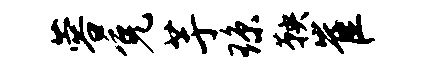
蓉免芋琼鞅崔